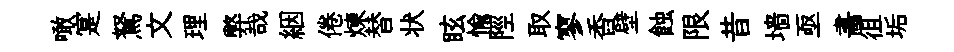
噉寔駑文理弊哉絪倦煉替状眩愉陘取寥香壁蝕限昔墙亟畵徂垢